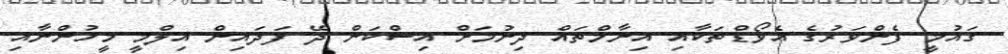
ގައުމީ ފެންވަރުގެ އެވޯޑްތަކާއި އިނާމްތައް ދިނުމަށް އިސްކަން ދޭ ފަދައިން އިލްމީ މީހުންނާއި